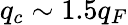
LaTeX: q_{c}\sim 1.5q_{F}